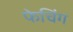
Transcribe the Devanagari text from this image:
फेचिंग